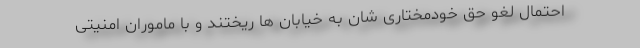
احتمال لغو حق خودمختاری شان به خیابان ها ریختند و با ماموران امنیتی